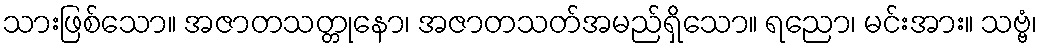
သားဖြစ်သော။ အဇာတသတ္တုနော၊ အဇာတသတ်အမည်ရှိသော။ ရညော၊ မင်းအား။ သဗ္ဗံ၊